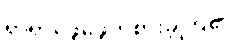
ရှာရှာဖွေဖွေကစားခဲ့ကြ၏။